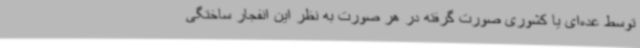
توسط عده‌ای یا کشوری صورت گرفته در هر صورت به نظر این انفجار ساختگی